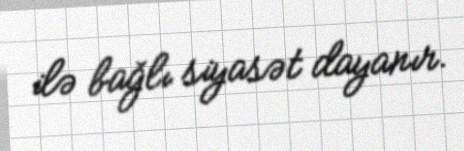
ilə bağlı siyasət dayanır.